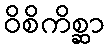
ဝိစိကိစ္ဆာ